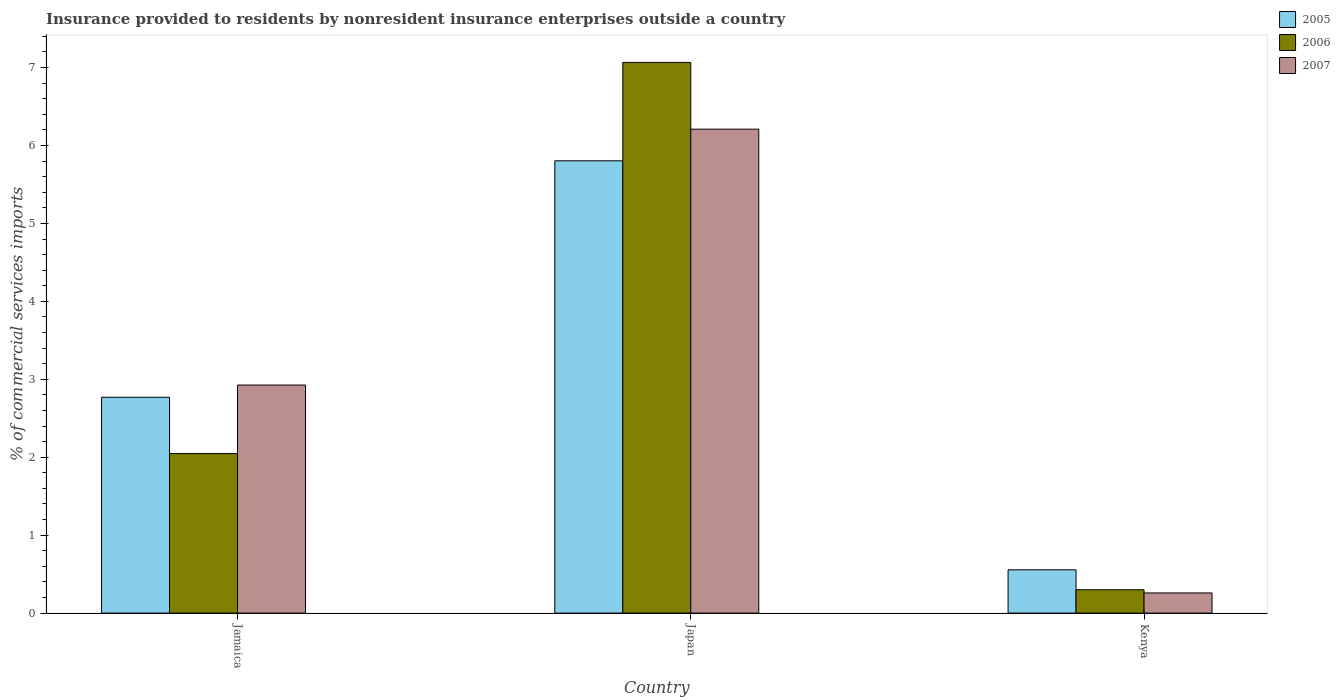
| Country | 2005 | 2006 | 2007 |
 | --- | --- | --- | --- |
 | Jamaica | 2.77 | 2.05 | 2.93 |
 | Japan | 5.8 | 7.07 | 6.21 |
 | Kenya | 0.555 | 0.3 | 0.259 |